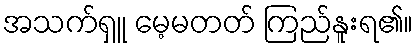
အသက်ရှူ မေ့မတတ် ကြည်နူးရ၏။